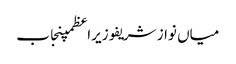
میاں نواز شریفوزیراعظمپنجاب